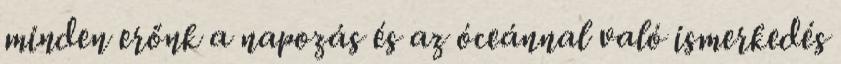
minden erőnk a napozás és az óceánnal való ismerkedés